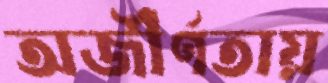
অজীর্ণতায়